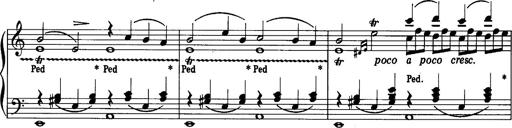
Title: La romanesca
Composer: Franz Liszt